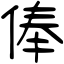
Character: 俸